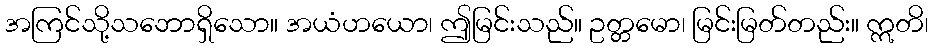
အကြင်သို့သဘောရှိသော။ အယံဟယော၊ ဤမြင်းသည်။ ဥတ္တမော၊ မြင်းမြတ်တည်း။ ဣတိ၊